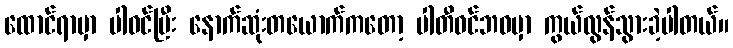
ထောင်ရာမှာ ပါဝင်ပြီး နောက်ဆုံးတယောက်ကတော့ ပါတီဝင်ဘဝမှာ ကွယ်လွန်သွားခဲ့ပါတယ်။